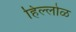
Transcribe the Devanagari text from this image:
हिल्लोळ